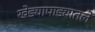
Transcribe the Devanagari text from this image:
खेड्यापाड्यातले